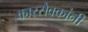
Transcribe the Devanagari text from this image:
कारसेवकांनी